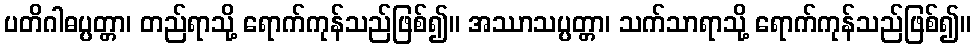
ပတိဂါဓပ္ပတ္တာ၊ တည်ရာသို့ ရောက်ကုန်သည်ဖြစ်၍။ အဿာသပ္ပတ္တာ၊ သက်သာရာသို့ ရောက်ကုန်သည်ဖြစ်၍။